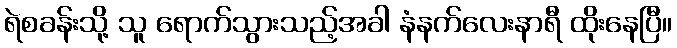
ရဲစခန်းသို့ သူ ရောက်သွားသည့်အခါ နံနက်လေးနာရီ ထိုးနေပြီ။